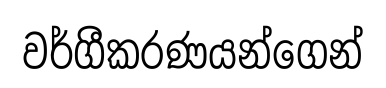
වර්ගීකරණයන්ගෙන්